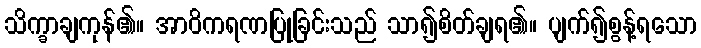
သိက္ခာချကုန်၏။ အာဝိကရဏပြုခြင်းသည် သာ၍စိတ်ချရ၏။ ပျက်၍စွန့်ရသော